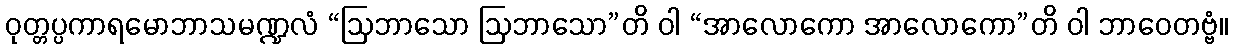
ဝုတ္တပ္ပကာရမောဘာသမဏ္ဍလံ “ဩဘာသော ဩဘာသော”တိ ဝါ “အာလောကော အာလောကော”တိ ဝါ ဘာဝေတဗ္ဗံ။